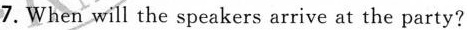
7.When will the speakers arrive at the party?